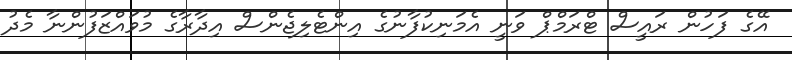
އޭގެ ފަހުން ރައީސް ޓްރަމްޕް ވަނީ އެމަނިކުފާނުގެ އިންޓެލިޖެންސް އިދާރާގެ މުވައްޒަފުންނާ މެދު